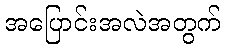
အပြောင်းအလဲအတွက်